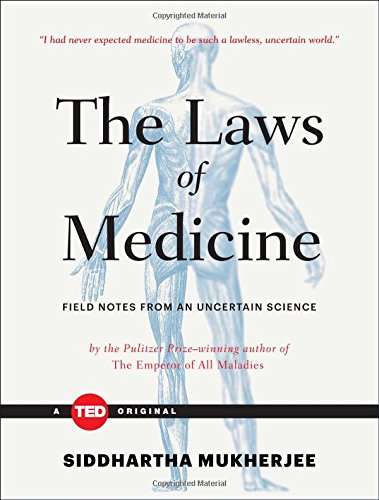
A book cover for The Laws of Medicine: Field Notes from an Uncertain Science (TED Books); Siddhartha Mukherjee; Medical Books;